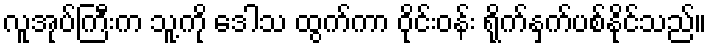
လူအုပ်ကြီးက သူ့ကို ဒေါသ ထွက်ကာ ဝိုင်းဝန်း ရိုက်နှက်ပစ်နိုင်သည်။